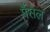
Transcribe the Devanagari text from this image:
मैंसेल